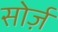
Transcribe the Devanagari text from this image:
सोर्ज़